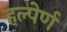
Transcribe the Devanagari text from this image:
हल्पेर्ण